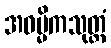
အဓမ္မိကသုတ္တံ